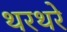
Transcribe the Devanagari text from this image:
थरथरे